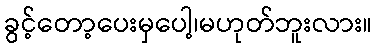
ခွင့်တော့ပေးမှပေါ့၊မဟုတ်ဘူးလား။